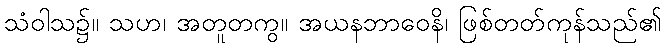
သံဝါသ၌။ သဟ၊ အတူတကွ။ အယနဘာဝေနိ၊ ဖြစ်တတ်ကုန်သည်၏